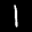
Label: 1